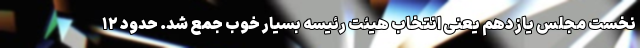
نخست مجلس یازدهم یعنی انتخاب هیئت رئیسه بسیار خوب جمع شد. حدود ۱۲